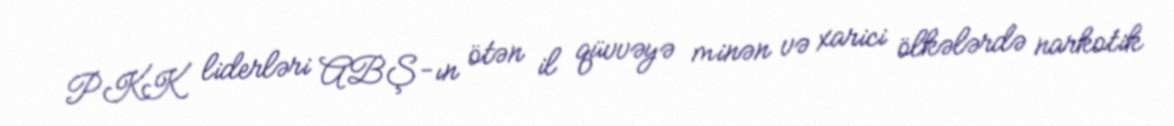
PKK liderləri ABŞ-ın ötən il qüvvəyə minən və xarici ölkələrdə narkotik